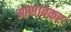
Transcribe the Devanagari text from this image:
आणावकर